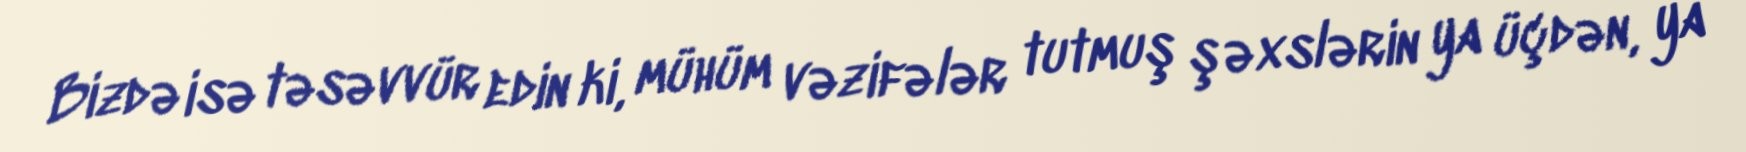
Bizdə isə təsəvvür edin ki, mühüm vəzifələr tutmuş şəxslərin ya üçdən, ya